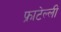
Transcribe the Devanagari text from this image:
फ्राटेल्ली